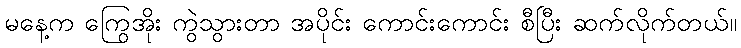
မနေ့က ကြွေအိုး ကွဲသွားတာ အပိုင်း ကောင်းကောင်း စီပြီး ဆက်လိုက်တယ်။